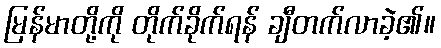
မြန်မာတို့ကို တိုက်ခိုက်ရန် ချီတက်လာခဲ့၏။